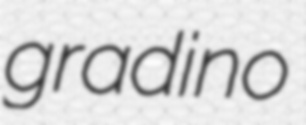
gradino